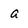
Character: a